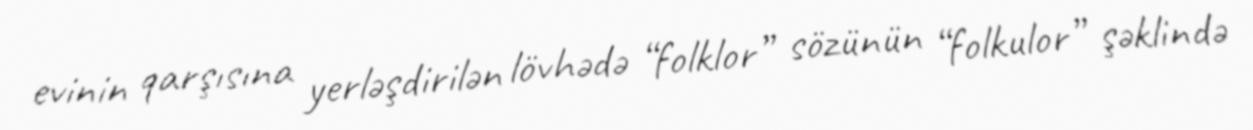
evinin qarşısına yerləşdirilən lövhədə “folklor” sözünün “folkulor” şəklində